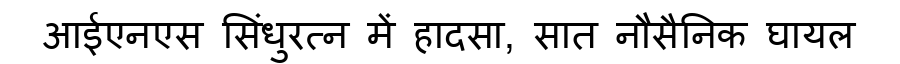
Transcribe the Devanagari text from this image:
आईएनएस सिंधुरत्न में हादसा, सात नौसैनिक घायल